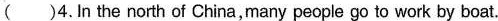
( )4.In the north of China,many people go to work by